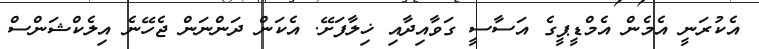
އެކުރަނީ އެމެން އެމްޑީޕީގެ އަސާސީ ގަވާއިދާއި ޚިލާފަށޭ. އެކަން ދަންނަން ޖެހޭނެ އިލެކްޝަންސް